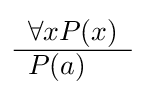
{\begin{array}{l}\forall xP(x)\\\hline P(a)\end{array}}